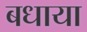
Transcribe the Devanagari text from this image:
बधाया